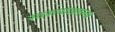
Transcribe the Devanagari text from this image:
स्वरूपातलल्या